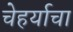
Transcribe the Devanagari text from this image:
चेहर्याचा